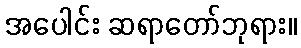
အပေါင်း ဆရာတော်ဘုရား။